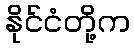
နိုင်ငံတို့က